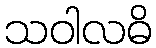
သဝါလဓိ